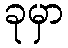
ခုမှာ